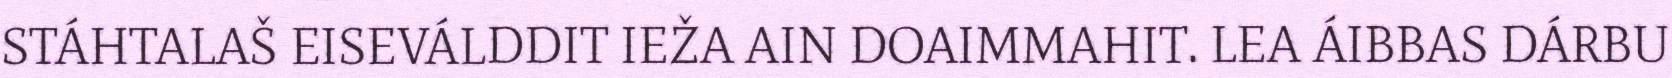
STÁHTALAŠ EISEVÁLDDIT IEŽA AIN DOAIMMAHIT. LEA ÁIBBAS DÁRBU